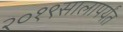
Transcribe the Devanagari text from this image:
२०१९सालापर्यंत